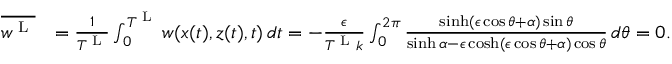
\begin{array} { r l } { \overline { { w ^ { \textnormal { L } } } } } & { = \frac { 1 } { T ^ { \textnormal { L } } } \int _ { 0 } ^ { T ^ { \textnormal { L } } } w ( x ( t ) , z ( t ) , t ) \, d t = - \frac { \epsilon } { T ^ { \textnormal { L } } k } \int _ { 0 } ^ { 2 \pi } \frac { \sinh ( \epsilon \cos \theta + { \alpha } ) \sin \theta } { \sinh { \alpha } - \epsilon \cosh ( \epsilon \cos \theta + { \alpha } ) \cos \theta } \, d \theta = 0 . } \end{array}